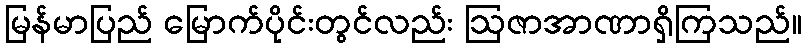
မြန်မာပြည် မြောက်ပိုင်းတွင်လည်း ဩဇာအာဏာရှိကြသည်။